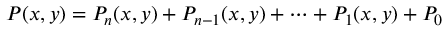
P ( x , y ) = P _ { n } ( x , y ) + P _ { n - 1 } ( x , y ) + \cdots + P _ { 1 } ( x , y ) + P _ { 0 }